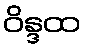
ဝိန္ဒထ